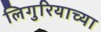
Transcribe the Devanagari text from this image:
लिगुरियाच्या